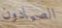
الصيادون